Scottish Leaving Certificate Examination, 1951
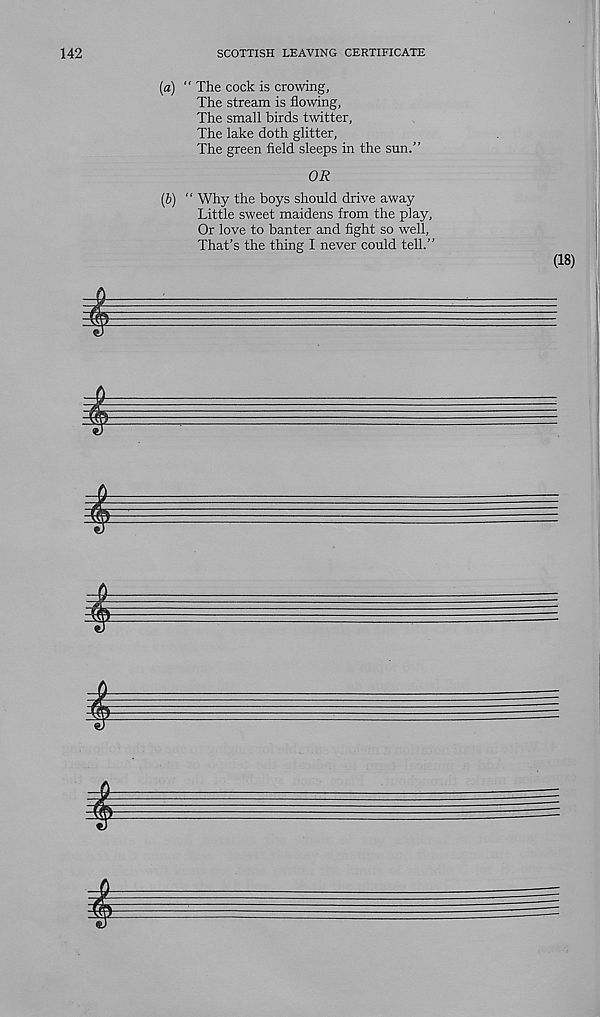
142
SCOTTISH LEAVING CERTIFICATE
(a) “ The cock is crowing,
The stream is flowing,
The small birds twitter.
The lake doth glitter,
The green field sleeps in the sun.”
OR
(b) “ Why the boys should drive away
Little sweet maidens from the play,
Or love to banter and fight so well,
That’s the thing I never could tell.”
(18)